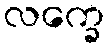
လက္ခေ